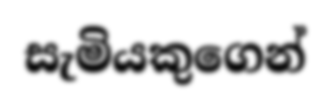
සැමියකුගෙන්